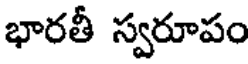
భారతీ స్వరూపం